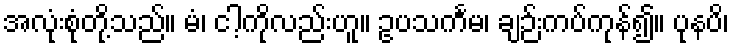
အလုံးစုံတို့သည်။ မံ၊ ငါ့ကိုလည်းဟူ။ ဥပသင်္ကမ၊ ချဉ်းကပ်ကုန်၍။ ပုနပိ၊